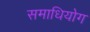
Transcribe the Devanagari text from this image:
समाधियोग